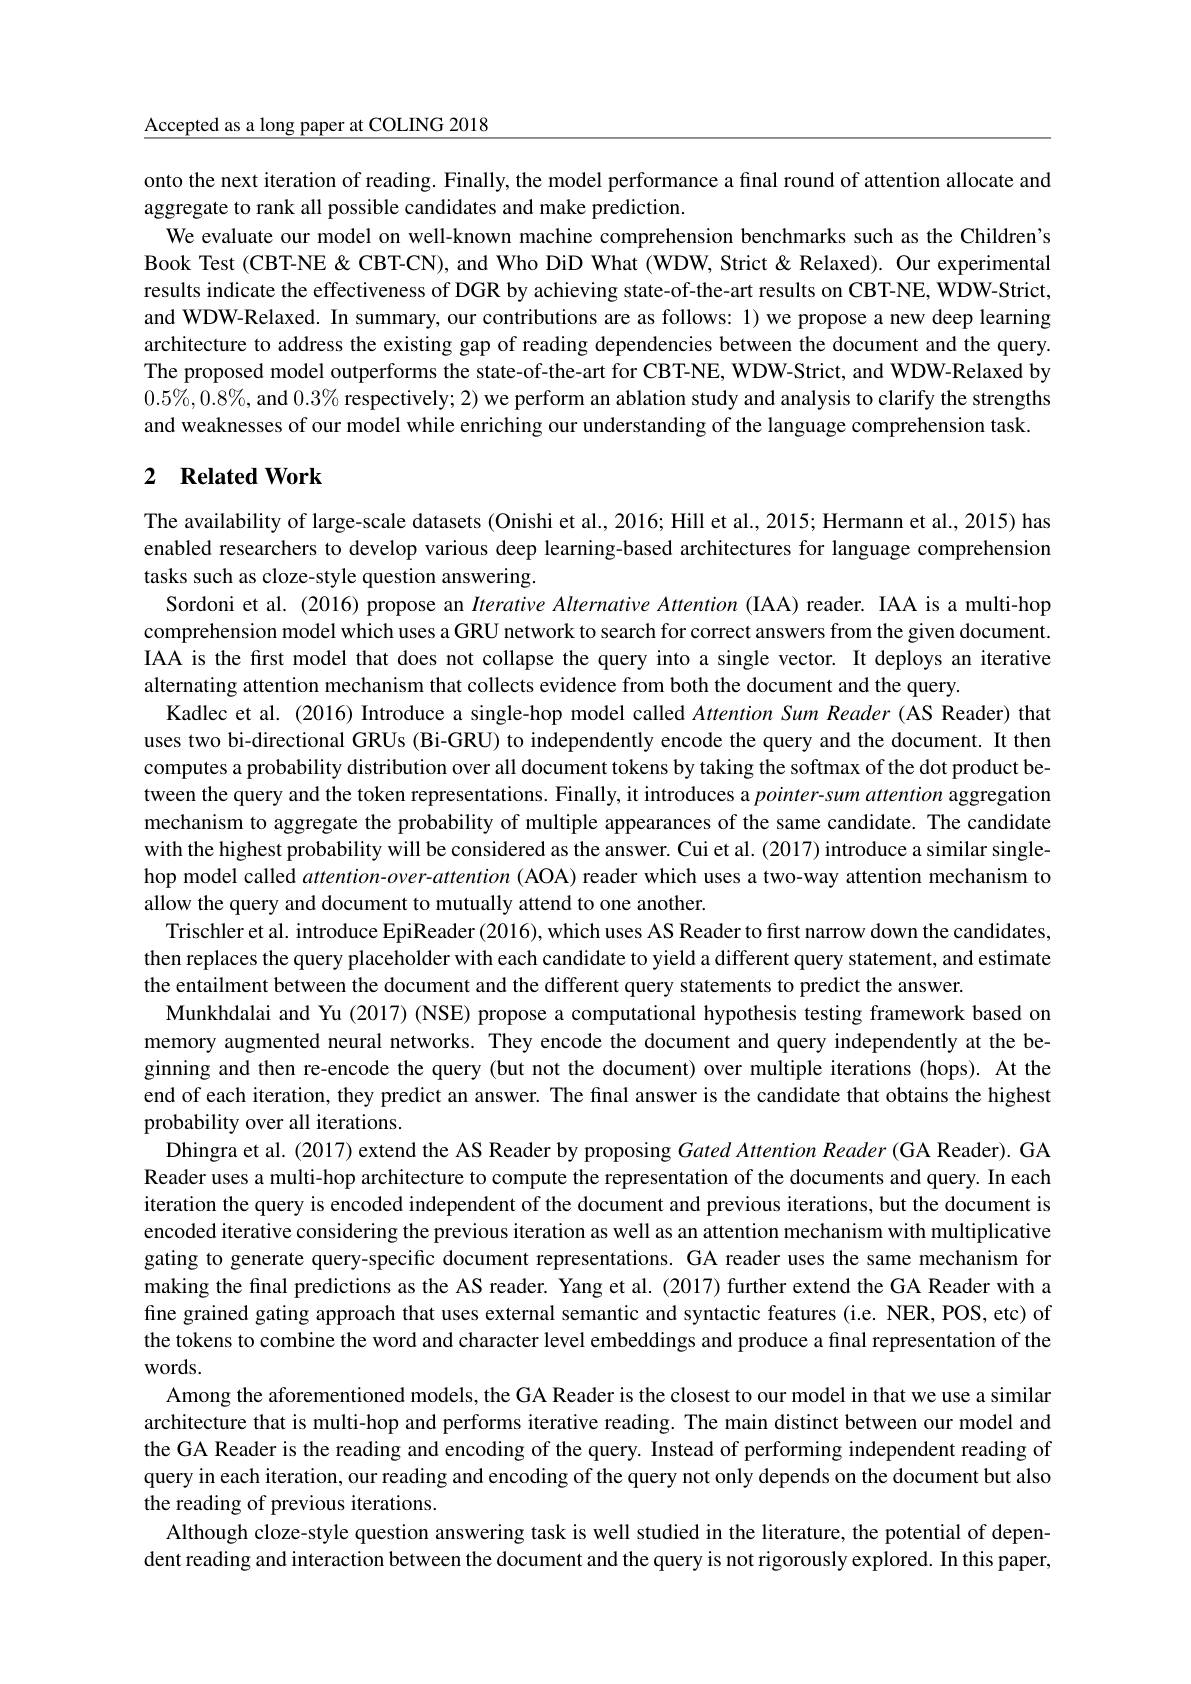
Accepted as a long paper at COLING 2018

onto the next iteration of reading. Finally, the model performance a final round of attention allocate and
aggregate to rank all possible candidates and make prediction.
We evaluate our model on well-known machine comprehension benchmarks such as the Children's Book Test (CBT-NE & CBT-CN), and Who DiD What (WDW, Strict & Relaxed). Our experimental results indicate the effectiveness of DGR by achieving state-of-the-art results on CBT-NE, WDW-Strict, and WDW-Relaxed. In summary, our contributions are as follows: 1) we propose a new deep learning architecture to address the existing gap of reading dependencies between the document and the query. The proposed model outperforms the state-of-the-art for CBT-NE, WDW-Strict, and WDW-Relaxed by $0.5\%,0.8\%$, and $0.3\%$ respectively; 2) we perform an ablation study and analysis to clarify the strengths and weaknesses of our model while enriching our understanding of the language comprehension task.

### 2 $\textbf{Related Work}$

The availability of large-scale datasets (Onishi et al., 2016; Hill et al., 2015; Hermann et al., 2015) has enabled researchers to develop various deep learning-based architectures for language comprehension tasks such as cloze-style question answering
Sordoni et al. (2016) propose an Iterative Alternative Attention (IAA) reader. IAA is a multi-hop comprehension model which uses a GRU network to search for correct answers from the given document. IAA is the first model that does not collapse the query into a single vector. It deploys an iterative alternating attention mechanism that collects evidence from both the document and the query.
Kadlec et al. (2016) Introduce a single-hop model called Attention Sum Reader (AS Reader) that uses two bi-directional GRUs (Bi-GRU) to independently encode the query and the document. It then computes a probability distribution over all document tokens by taking the softmax of the dot product between the query and the token representations. Finally, it introduces a pointer-sum attention aggregation mechanism to aggregate the probability of multiple appearances of the same candidate. The candidate with the highest probability will be considered as the answer. Cui et al. (2017) introduce a similar singlehop model called attention-over-attention (AOA) reader which uses a two-way attention mechanism to allow the query and document to mutually attend to one another.
Trischler et al. introduce EpiReader (2016), which uses AS Reader to first narrow down the candidates, then replaces the query placeholder with each candidate to yield a different query statement, and estimate the entailment between the document and the different query statements to predict the answer.
Munkhdalai and Yu (2017) (NSE) propose a computational hypothesis testing framework based on memory augmented neural networks. They encode the document and query independently at the beginning and then re-encode the query (but not the document) over multiple iterations (hops). At the end of each iteration, they predict an answer. The final answer is the candidate that obtains the highest probability over all iterations.
Dhingra et al. (2017) extend the AS Reader by proposing Gated Attention Reader (GA Reader). GA Reader uses a multi-hop architecture to compute the representation of the documents and query. In each iteration the query is encoded independent of the document and previous iterations, but the document is encoded iterative considering the previous iteration as well as an attention mechanism with multiplicative gating to generate query-specific document representations. GA reader uses the same mechanism for making the final predictions as the AS reader. Yang et al.(2017) further extend the GA Reader with a fine grained gating approach that uses external semantic and syntactic features (i.e. NER, POS, etc) of the tokens to combine the word and character level embeddings and produce a final representation of the words.
Among the aforementioned models, the GA Reader is the closest to our model in that we use a similar architecture that is multi-hop and performs iterative reading. The main distinct between our model and the GA Reader is the reading and encoding of the query. Instead of performing independent reading of query in each iteration, our reading and encoding of the query not only depends on the document but also the reading of previous iterations.
Although cloze-style question answering task is well studied in the literature, the potential of dependent reading and interaction between the document and the query is not rigorously explored. In this paper,